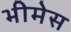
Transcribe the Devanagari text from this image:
भीमेस